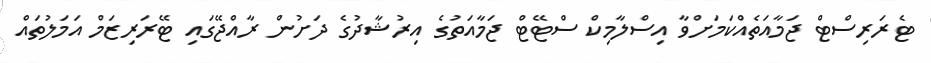
ޓެރަރިސްޓް ޖަމާއަތެއްކަމަށްވާ އިސްލާމިކް ސްޓޭޓް ޖަމާއަތުގެ އިރުޝާދުގެ ދަށުން ރާއްޖޭގައި ޓޭރަރިޒަމް އަމަލުތައް